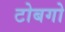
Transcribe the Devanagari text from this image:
टोबगो